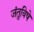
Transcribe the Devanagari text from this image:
जंतुविषे